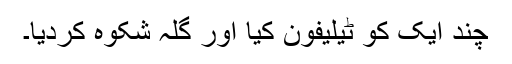
چند ایک کو ٹیلیفون کیا اور گلہ شکوہ کردیا۔